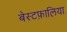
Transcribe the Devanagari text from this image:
बेस्टफ़ालिया